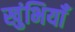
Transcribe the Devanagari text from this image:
खुंभियाँ